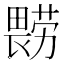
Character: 𰣔